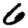
Digit: 6